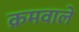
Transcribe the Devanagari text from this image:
क्रमवाले